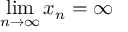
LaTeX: \operatorname* { l i m } _ { n \to \infty } x _ { n } = \infty